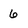
Character: 6